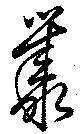
叢